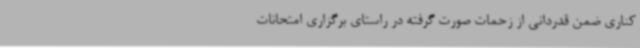
کناری ضمن قدردانی از زحمات صورت گرفته در راستای برگزاری امتحانات